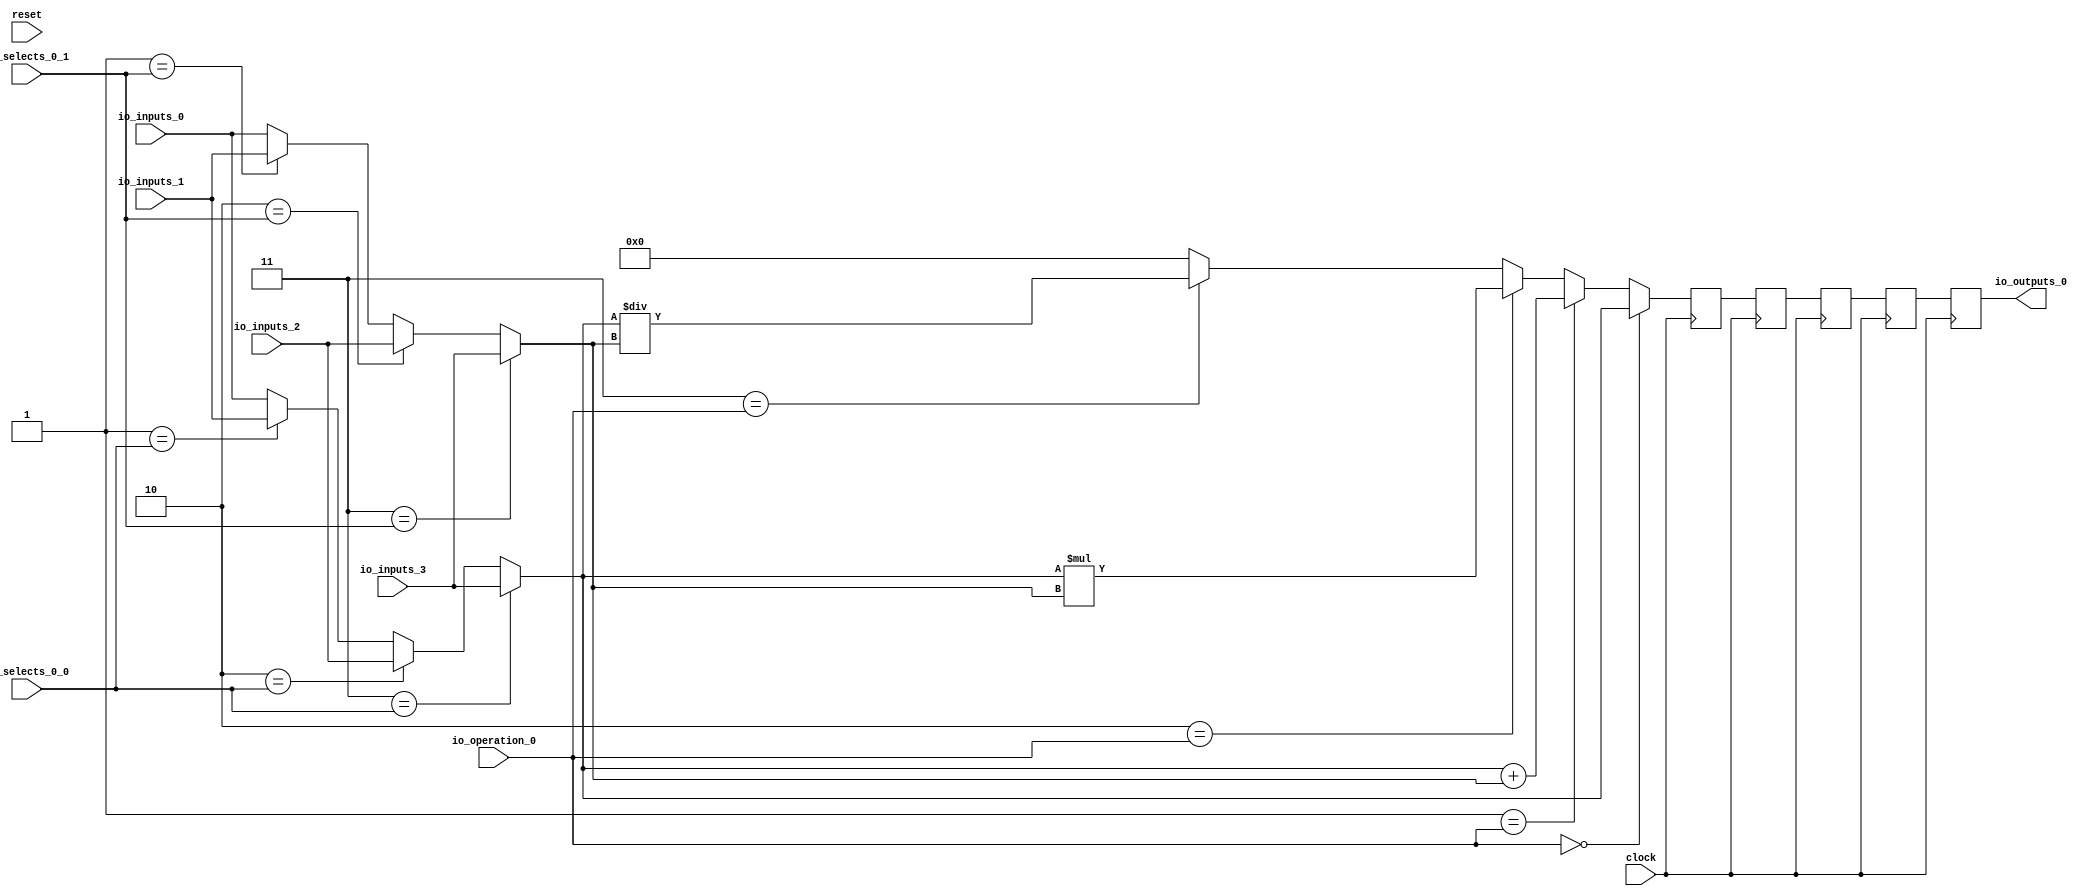
module MuxTest_width_64_inputs_4_outputs_1_pipeline_5( // @[:@3.2]
  input         clock, // @[:@4.4]
  input         reset, // @[:@5.4]
  input  [1:0]  io_selects_0_0, // @[:@6.4]
  input  [1:0]  io_selects_0_1, // @[:@6.4]
  input  [2:0]  io_operation_0, // @[:@6.4]
  input  [63:0] io_inputs_0, // @[:@6.4]
  input  [63:0] io_inputs_1, // @[:@6.4]
  input  [63:0] io_inputs_2, // @[:@6.4]
  input  [63:0] io_inputs_3, // @[:@6.4]
  output [63:0] io_outputs_0 // @[:@6.4]
);
  wire [63:0] _GEN_1; // @[MuxTest_width_64_inputs_4_outputs_1_pipeline_5s.scala 32:53:@8.4]
  wire [63:0] _GEN_2; // @[MuxTest_width_64_inputs_4_outputs_1_pipeline_5s.scala 32:53:@8.4]
  wire [63:0] _GEN_3; // @[MuxTest_width_64_inputs_4_outputs_1_pipeline_5s.scala 32:53:@8.4]
  wire [63:0] _GEN_5; // @[MuxTest_width_64_inputs_4_outputs_1_pipeline_5s.scala 32:53:@8.4]
  wire [63:0] _GEN_6; // @[MuxTest_width_64_inputs_4_outputs_1_pipeline_5s.scala 32:53:@8.4]
  wire [63:0] _GEN_7; // @[MuxTest_width_64_inputs_4_outputs_1_pipeline_5s.scala 32:53:@8.4]
  wire [64:0] _T_128; // @[MuxTest_width_64_inputs_4_outputs_1_pipeline_5s.scala 32:53:@8.4]
  wire [63:0] _T_129; // @[MuxTest_width_64_inputs_4_outputs_1_pipeline_5s.scala 32:53:@9.4]
  wire [127:0] _T_131; // @[MuxTest_width_64_inputs_4_outputs_1_pipeline_5s.scala 33:58:@10.4]
  wire [63:0] _T_133; // @[MuxTest_width_64_inputs_4_outputs_1_pipeline_5s.scala 34:56:@11.4]
  wire  _T_134; // @[Mux.scala 46:19:@12.4]
  wire [63:0] _T_135; // @[Mux.scala 46:16:@13.4]
  wire  _T_136; // @[Mux.scala 46:19:@14.4]
  wire [127:0] _T_137; // @[Mux.scala 46:16:@15.4]
  wire  _T_138; // @[Mux.scala 46:19:@16.4]
  wire [127:0] _T_139; // @[Mux.scala 46:16:@17.4]
  wire  _T_140; // @[Mux.scala 46:19:@18.4]
  reg [127:0] _T_144; // @[Reg.scala 11:16:@20.4]
  reg [127:0] _RAND_0;
  reg [127:0] _T_146; // @[Reg.scala 11:16:@24.4]
  reg [127:0] _RAND_1;
  reg [127:0] _T_148; // @[Reg.scala 11:16:@28.4]
  reg [127:0] _RAND_2;
  reg [127:0] _T_150; // @[Reg.scala 11:16:@32.4]
  reg [127:0] _RAND_3;
  reg [127:0] _T_152; // @[Reg.scala 11:16:@36.4]
  reg [127:0] _RAND_4;
  assign _GEN_1 = 2'h1 == io_selects_0_0 ? io_inputs_1 : io_inputs_0; // @[MuxTest_width_64_inputs_4_outputs_1_pipeline_5s.scala 32:53:@8.4]
  assign _GEN_2 = 2'h2 == io_selects_0_0 ? io_inputs_2 : _GEN_1; // @[MuxTest_width_64_inputs_4_outputs_1_pipeline_5s.scala 32:53:@8.4]
  assign _GEN_3 = 2'h3 == io_selects_0_0 ? io_inputs_3 : _GEN_2; // @[MuxTest_width_64_inputs_4_outputs_1_pipeline_5s.scala 32:53:@8.4]
  assign _GEN_5 = 2'h1 == io_selects_0_1 ? io_inputs_1 : io_inputs_0; // @[MuxTest_width_64_inputs_4_outputs_1_pipeline_5s.scala 32:53:@8.4]
  assign _GEN_6 = 2'h2 == io_selects_0_1 ? io_inputs_2 : _GEN_5; // @[MuxTest_width_64_inputs_4_outputs_1_pipeline_5s.scala 32:53:@8.4]
  assign _GEN_7 = 2'h3 == io_selects_0_1 ? io_inputs_3 : _GEN_6; // @[MuxTest_width_64_inputs_4_outputs_1_pipeline_5s.scala 32:53:@8.4]
  assign _T_128 = _GEN_3 + _GEN_7; // @[MuxTest_width_64_inputs_4_outputs_1_pipeline_5s.scala 32:53:@8.4]
  assign _T_129 = _GEN_3 + _GEN_7; // @[MuxTest_width_64_inputs_4_outputs_1_pipeline_5s.scala 32:53:@9.4]
  assign _T_131 = _GEN_3 * _GEN_7; // @[MuxTest_width_64_inputs_4_outputs_1_pipeline_5s.scala 33:58:@10.4]
  assign _T_133 = _GEN_3 / _GEN_7; // @[MuxTest_width_64_inputs_4_outputs_1_pipeline_5s.scala 34:56:@11.4]
  assign _T_134 = 3'h3 == io_operation_0; // @[Mux.scala 46:19:@12.4]
  assign _T_135 = _T_134 ? _T_133 : 64'h0; // @[Mux.scala 46:16:@13.4]
  assign _T_136 = 3'h2 == io_operation_0; // @[Mux.scala 46:19:@14.4]
  assign _T_137 = _T_136 ? _T_131 : {{64'd0}, _T_135}; // @[Mux.scala 46:16:@15.4]
  assign _T_138 = 3'h1 == io_operation_0; // @[Mux.scala 46:19:@16.4]
  assign _T_139 = _T_138 ? {{64'd0}, _T_129} : _T_137; // @[Mux.scala 46:16:@17.4]
  assign _T_140 = 3'h0 == io_operation_0; // @[Mux.scala 46:19:@18.4]
  assign io_outputs_0 = _T_152[63:0]; // @[MuxTest_width_64_inputs_4_outputs_1_pipeline_5s.scala 23:14:@40.4]
`ifdef RANDOMIZE_GARBAGE_ASSIGN
`define RANDOMIZE
`endif
`ifdef RANDOMIZE_INVALID_ASSIGN
`define RANDOMIZE
`endif
`ifdef RANDOMIZE_REG_INIT
`define RANDOMIZE
`endif
`ifdef RANDOMIZE_MEM_INIT
`define RANDOMIZE
`endif
`ifndef RANDOM
`define RANDOM $random
`endif
`ifdef RANDOMIZE
  integer initvar;
  initial begin
    `ifdef INIT_RANDOM
      `INIT_RANDOM
    `endif
    `ifndef VERILATOR
      #0.002 begin end
    `endif
  `ifdef RANDOMIZE_REG_INIT
  _RAND_0 = {4{`RANDOM}};
  _T_144 = _RAND_0[127:0];
  `endif // RANDOMIZE_REG_INIT
  `ifdef RANDOMIZE_REG_INIT
  _RAND_1 = {4{`RANDOM}};
  _T_146 = _RAND_1[127:0];
  `endif // RANDOMIZE_REG_INIT
  `ifdef RANDOMIZE_REG_INIT
  _RAND_2 = {4{`RANDOM}};
  _T_148 = _RAND_2[127:0];
  `endif // RANDOMIZE_REG_INIT
  `ifdef RANDOMIZE_REG_INIT
  _RAND_3 = {4{`RANDOM}};
  _T_150 = _RAND_3[127:0];
  `endif // RANDOMIZE_REG_INIT
  `ifdef RANDOMIZE_REG_INIT
  _RAND_4 = {4{`RANDOM}};
  _T_152 = _RAND_4[127:0];
  `endif // RANDOMIZE_REG_INIT
  end
`endif // RANDOMIZE
  always @(posedge clock) begin
    if (_T_140) begin
      _T_144 <= {{64'd0}, _GEN_3};
    end else begin
      _T_144 <= _T_139;
    end
    _T_146 <= _T_144;
    _T_148 <= _T_146;
    _T_150 <= _T_148;
    _T_152 <= _T_150;
  end
endmodule